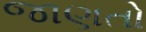
જાણતો